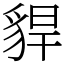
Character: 貋